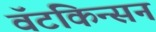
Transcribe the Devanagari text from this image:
वॅटकिन्सन